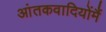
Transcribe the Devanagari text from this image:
आंतकवादियोंमैं